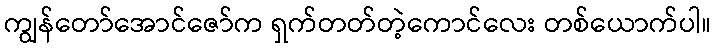
ကျွန်တော်အောင်ဇော်က ရှက်တတ်တဲ့ကောင်လေး တစ်ယောက်ပါ။